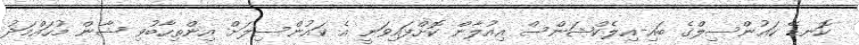
ކޮނޑޭ ކައުންސިލްގެ ބައި-އިލެކްޝަންސް އިއުލާން ކޮށްފައިވަނީ އެ ކައުންސިލަށް އިންތިހާބުވި ޝާން މުހައްމަދު